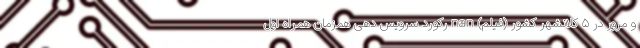
و مرور در ۵ کلانشهر کشور (فیلم) nan رکورد سرویس دهی همزمان همراه اول